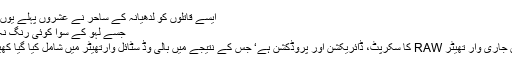
ایسے قاتلوں کو لدھیانہ کے ساحرؔ نے عشروں پہلے یوں للکارا تھا:
جسے لہو کے سوا کوئی رنگ نہ راس آئے
بھارت میں جاری وار تھیٹر RAW کا سکرپٹ، ڈائریکشن اور پروڈکشن ہے‘ جس کے نتیجے میں بالی وُڈ سٹائل وارتھیٹر میں شامل کیا گیا کھیل تماشہ ہ۔